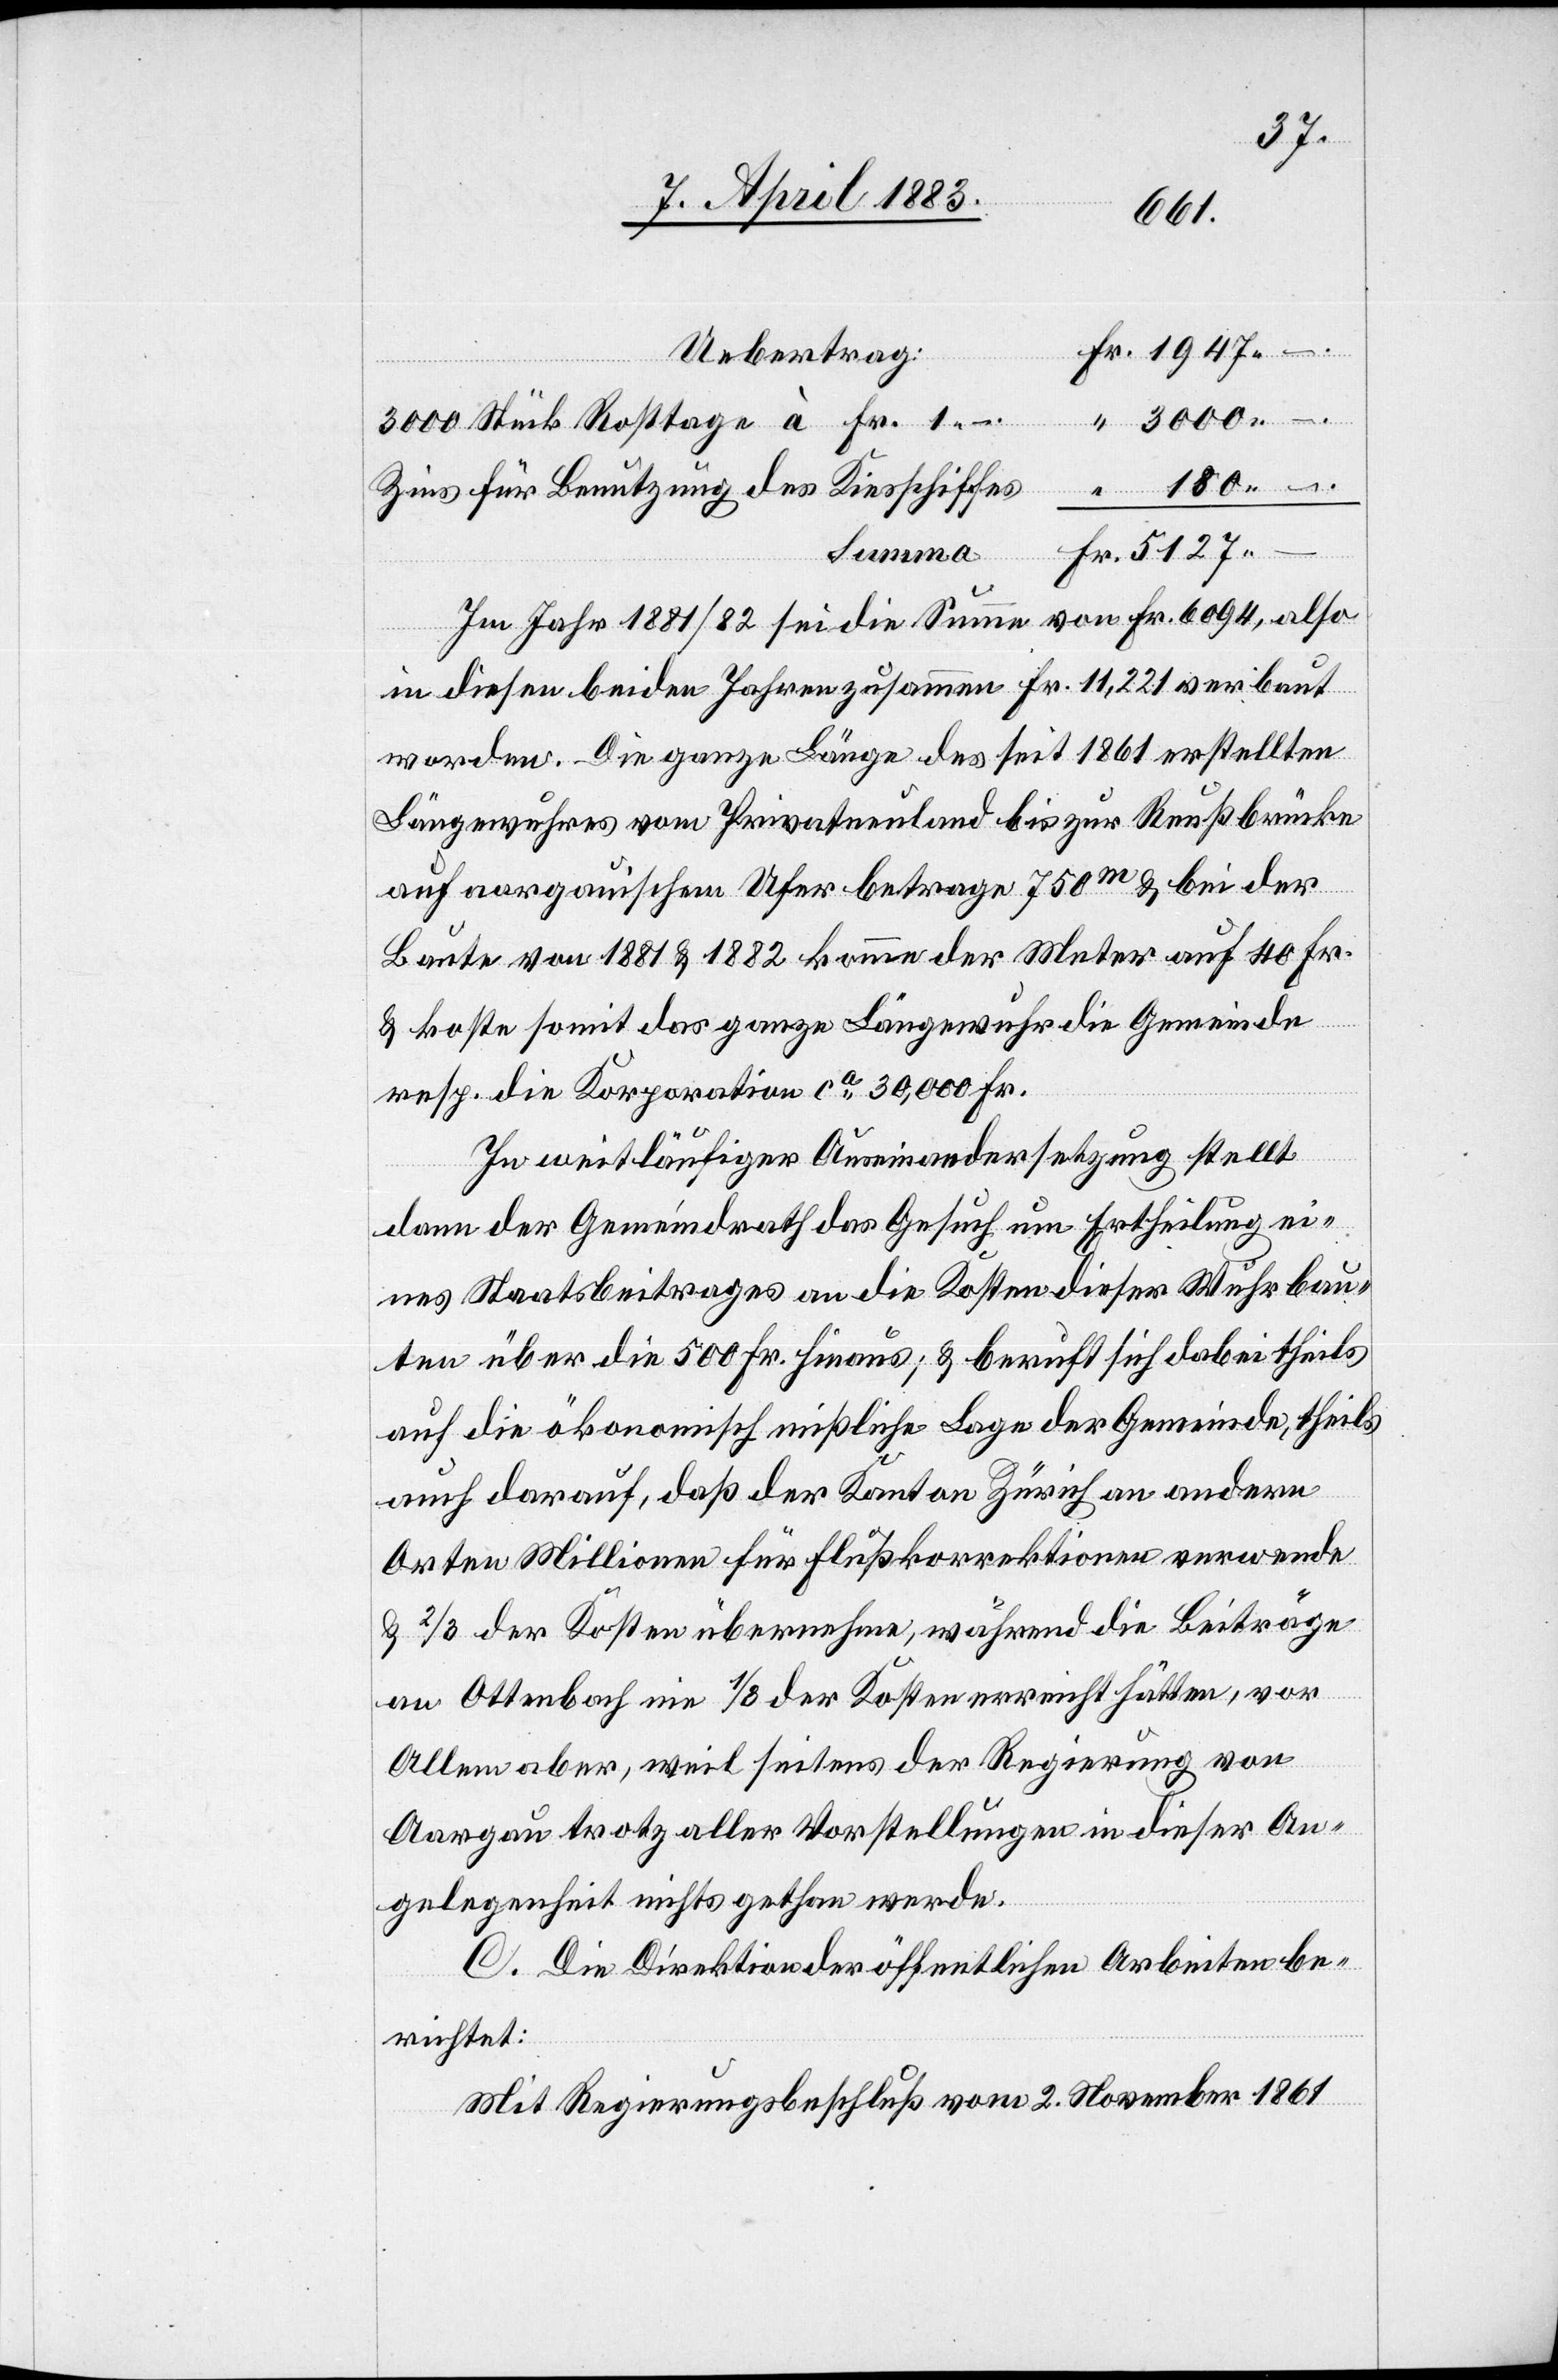
180.–
3000.–
3000 Stück Rosttage à Fr. 1.–.
Zins für Benutzung des Kiesschiffes
Im Jahr 1881/82 sei die Summe von Fr. 6094, also
in diesen beiden Jahren zusammen Fr. 11,221 verbaut
worden. Die ganze Länge des seit 1861 erstellten
Längewuhres vom Privatneuland bis zur Reußbrücke
Fr.
auf aargauischem Ufer betrage 750m & bei der
Baute von 1881 & 1882 komme der Meter auf 40 Fr.
& koste somit das ganze Längenwuhr die Gemeinde
resp. die Korporation ca 30,000 Fr.
In weitläufiger Auseinandersetzung stellt
dann der Gemeindrath das Gesuch um Ertheilung ei¬
nes Staatsbeitrages an die Kosten dieser Wuhrbau¬
ten über die 500 Fr. hinaus & beruft sich dabei theils
auf die ökonomisch missliche Lage der Gemeinde, theils
auch darauf, daß der Kanton Zürich an andern
Orten Millionen für Flußkorrektionen verwende
& 2/3 der Kosten übernehme, während die Beiträge
an Ottenbach nie 1/3 der Kosten erreicht hätten, vor
Allem aber, weil seitens der Regierung von
Aargau trotz aller Vorstellungen in dieser An¬
gelegenheit nichts gethan werde.
C. Die Direktion der öffentlichen Arbeiten be¬
richtet:
Mit Regierungsbeschluß vom 2. November 1861